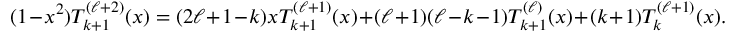
( 1 - x ^ { 2 } ) T _ { k + 1 } ^ { ( \ell + 2 ) } ( x ) = ( 2 \ell + 1 - k ) x T _ { k + 1 } ^ { ( \ell + 1 ) } ( x ) + ( \ell + 1 ) ( \ell - k - 1 ) T _ { k + 1 } ^ { ( \ell ) } ( x ) + ( k + 1 ) T _ { k } ^ { ( \ell + 1 ) } ( x ) .